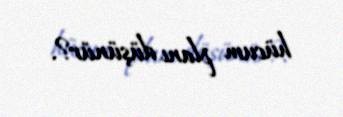
hücum planı düşünür?.